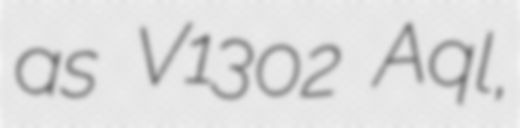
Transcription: as V1302 Aql,